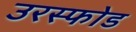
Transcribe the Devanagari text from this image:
उरस्फोड